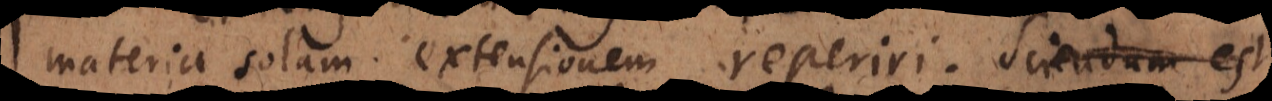
materia solam extensionem reperiri. Sciendum est